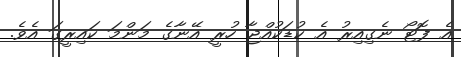
އެ ފޮޓޯ ނެގިއިރު އެ ކުޑަކުއްޖާ ހުރީ އޭނާގެ މަންމަ ކައިރީގަ އެވެ.